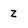
Character: z